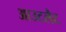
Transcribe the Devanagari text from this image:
आउटलैट